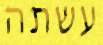
עשתה